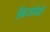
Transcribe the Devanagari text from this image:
ग्रिजोनी